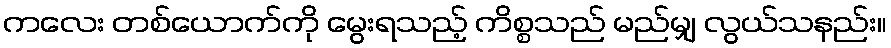
ကလေး တစ်ယောက်ကို မွေးရသည့် ကိစ္စသည် မည်မျှ လွယ်သနည်း။